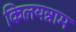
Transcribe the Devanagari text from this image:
किलयन्नाम